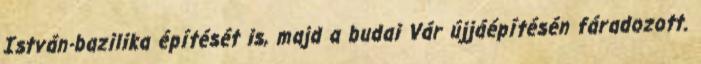
István-bazilika építését is, majd a budai Vár újjáépítésén fáradozott.